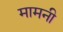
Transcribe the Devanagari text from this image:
मामनी